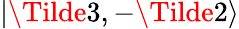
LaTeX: |\Tilde{3},-\Tilde{2}\rangle